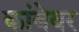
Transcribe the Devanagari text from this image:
कांबेवर